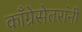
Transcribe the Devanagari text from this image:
काँग्रेसेतरांनी